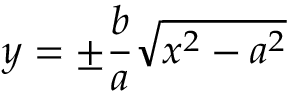
y = \pm { \frac { b } { a } } { \sqrt { x ^ { 2 } - a ^ { 2 } } }